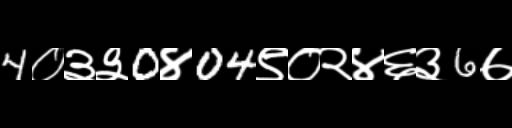
Text: 4०३३0४04९०२४६३6७